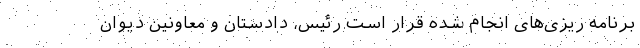
برنامه ریزی‌های انجام شده قرار است رئیس، دادستان و معاونین دیوان